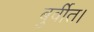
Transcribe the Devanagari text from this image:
बुर्वीत।